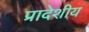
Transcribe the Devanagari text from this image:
प्रादेशीय